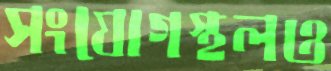
সংযোগস্থলও